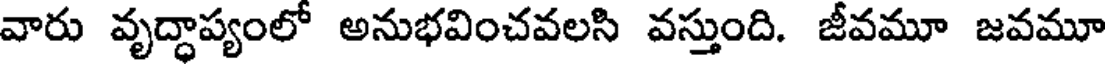
వారు వృద్ధాప్యంలో అనుభవించవలసి వస్తుంది. జీవమూ జవమూ